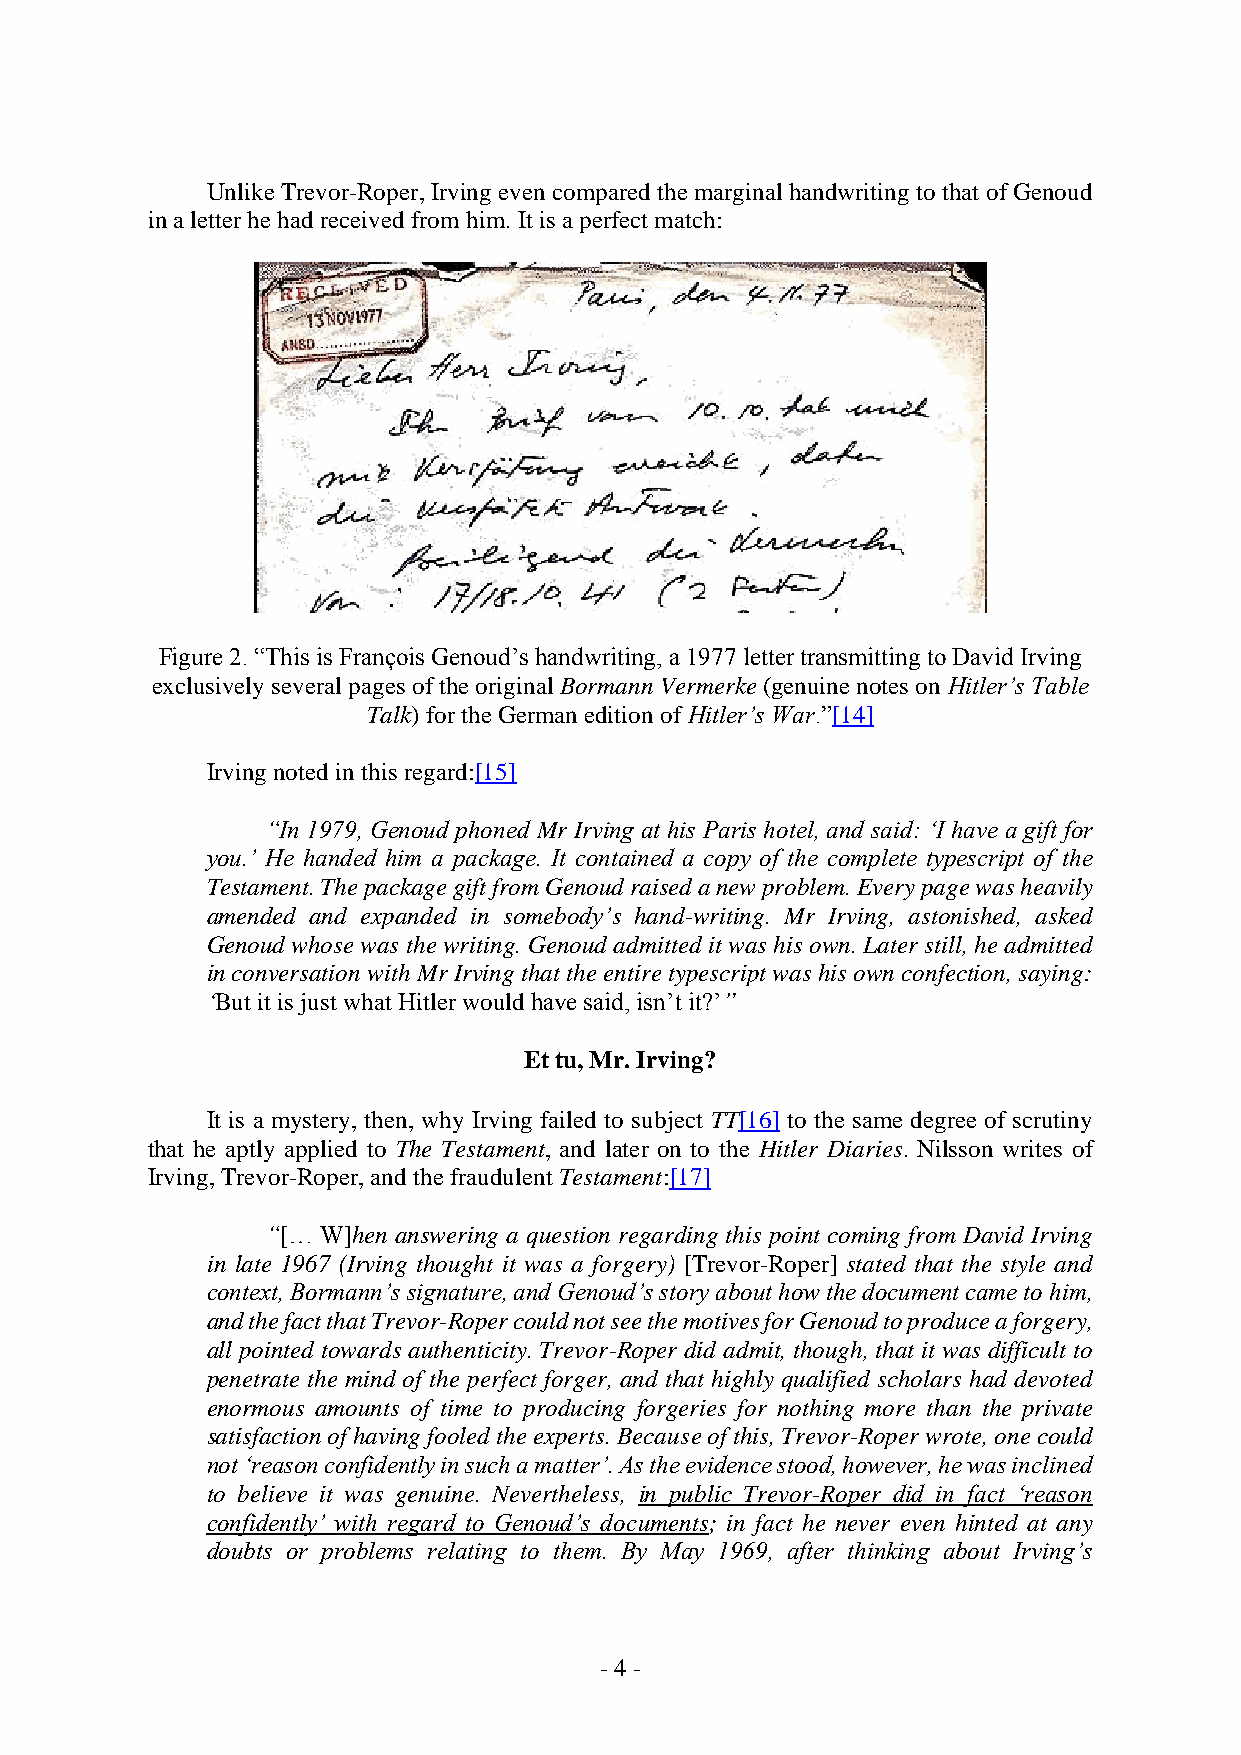
Unlike Trevor-Roper, Irving even compared the marginal handwriting to that of Genoud
 in a letter he had received from him. It is a perfect match:
 Figure 2. “This is François Genoud’s handwriting, a 1977 letter transmitting to David Irving
 exclusively several pages of the original Bormann Vermerke (genuine notes on Hitler’s Table
 Talk) for the German edition of Hitler’s War.”[14]
 Irving noted in this regard:[15]
 “In 1979, Genoud phoned Mr Irving at his Paris hotel, and said: ‘I have a gift for
 you.’ He handed him a package. It contained a copy of the complete typescript of the
 Testament. The package gift from Genoud raised a new problem. Every page was heavily
 amended and expanded in somebody’s hand-writing. Mr Irving, astonished, asked
 Genoud whose was the writing. Genoud admitted it was his own. Later still, he admitted
 in conversation with Mr Irving that the entire typescript was his own confection, saying:
 ‘But it is just what Hitler would have said, isn’t it?’”
 Et tu, Mr. Irving?
 It is a mystery, then, why Irving failed to subject TT[16] to the same degree of scrutiny
 that he aptly applied to The Testament, and later on to the Hitler Diaries. Nilsson writes of
 Irving, Trevor-Roper, and the fraudulent Testament:[17]
 “[… W]hen answering a question regarding this point coming from David Irving
 in late 1967 (Irving thought it was a forgery) [Trevor-Roper] stated that the style and
 context, Bormann’s signature, and Genoud’s story about how the document came to him,
 and the fact that Trevor-Roper could not see the motives for Genoud to produce a forgery,
 all pointed towards authenticity. Trevor-Roper did admit, though, that it was difficult to
 penetrate the mind of the perfect forger, and that highly qualified scholars had devoted
 enormous amounts of time to producing forgeries for nothing more than the private
 satisfaction of having fooled the experts. Because of this, Trevor-Roper wrote, one could
 not ‘reason confidently in such a matter’. As the evidence stood, however, he was inclined
 to believe it was genuine. Nevertheless, in public Trevor-Roper did in fact ‘reason
 confidently’ with regard to Genoud’s documents; in fact he never even hinted at any
 doubts or problems relating to them. By May 1969, after thinking about Irving’s
 - 4 -